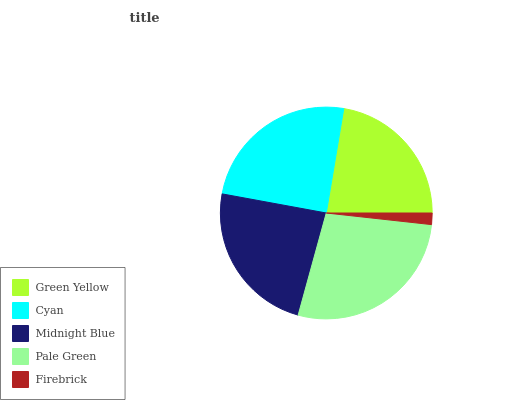
| Green Yellow | Cyan | Midnight Blue | Pale Green | Firebrick |
 | --- | --- | --- | --- | --- |
 | 22.3% | 24.8% | 23.6% | 27.5% | 1.75% |